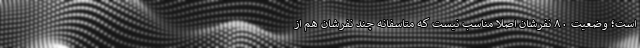
است؛ وضعیت ۸۰ نفرشان اصلا مناسب نیست که متاسفانه چند نفرشان هم از